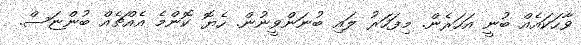
ވާހަކައެއް ބުނީ އަހަރެން. މިފަހަރު ލައި ބުނަންވީނުން. ހެޔޮ ކޮންމެ އެއްޗެއް ބުންޏަސް.